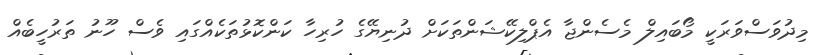
މިދުވަސްވަރަކީ މޯބައިލް މެސެންޖާ އެޕްލިކޭޝަންތަކަށް ދުނިޔޭގެ ހުރިހާ ކަންކޮޅުތަކެއްގައި ވެސް ހޫނު ތަރުހީބެއް